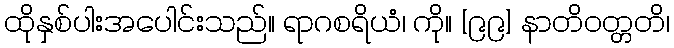
ထိုနှစ်ပါးအပေါင်းသည်။ ရာဂစရိယံ၊ ကို။ [၉၉] နာတိဝတ္တတိ၊